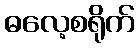
ဓလေ့စရိုက်